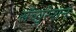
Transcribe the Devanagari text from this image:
सॅच्युरेशन